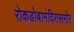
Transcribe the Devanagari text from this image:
रोकडोबामंदिरासमोर